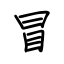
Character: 冒